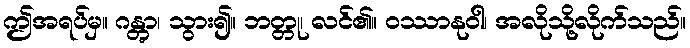
ဤအရပ်မှ။ ဂန္တွာ၊ သွား၍။ ဘတ္တု၊ လင်၏။ ဝဿာနုဝါ၊ အလိုသို့လိုက်သည်။